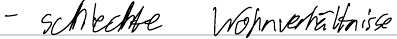
- schlechte Wohnverhältnisse